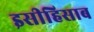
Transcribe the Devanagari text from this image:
इसीहिसाब